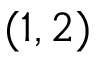
( 1 , 2 )